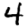
Digit: 4